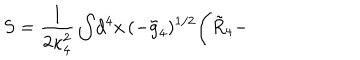
S = \frac { 1 } { 2 \kappa _ { 4 } ^ { 2 } } \int \! d ^ { 4 } x \, ( - \tilde { g } _ { 4 } ) ^ { 1 / 2 } \Biggl ( \tilde { R } _ { 4 } -